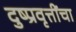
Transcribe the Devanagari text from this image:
दुष्प्रवृत्तींचा